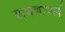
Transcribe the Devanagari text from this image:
मायणाचार्य